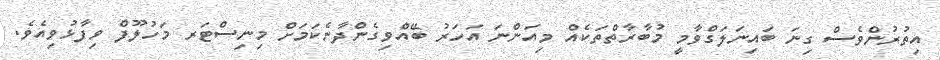
އިތުރުންވެސް ގިނަ ބައިނަލަގްވާމީ މުބާރާތްތަކެއް މިއަންނަ އަހަރު ބޭއްވިގެންދާނެކަމަށް މިނިސްޓަރ މަހުލޫފް ވިފާޅުވިއެވެ.